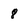
Character: 8